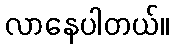
လာနေပါတယ်။